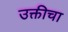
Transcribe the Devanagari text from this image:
उक्तीचा